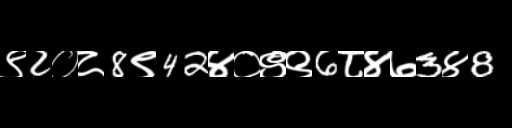
Text: ९2०८8९42४०९९6८४७3४8